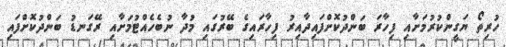
ހުރިތޯ ޔަގީންކުރުމަށާއި ފިހާރަ ބަންދުކޮށްފައިދާއިރު ފިހާރައިގެ ބޭރުގައި މުދާ ނުބެހެއްޓުމަށާއި ރޭގަނޑު ބަންދުކޮށްފައި